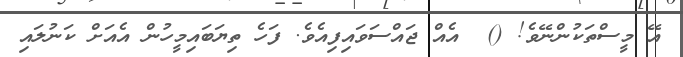
އޭ މީސްތަކުންނޭވެ! ()  އެއް ޖައްސަވައިފިއެވެ. ފަހެ ތިޔަބައިމީހުން އެއަށް ކަނުލައި